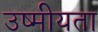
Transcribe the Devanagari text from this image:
उष्मीयता